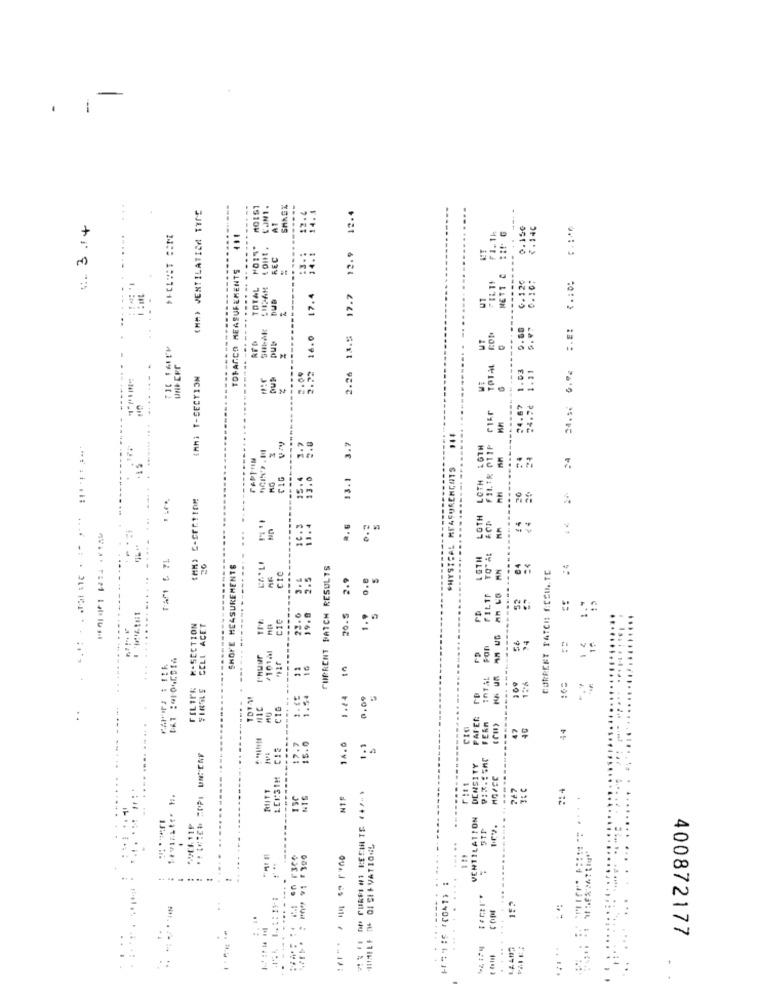
-
(MM) VENTILATIE TIME
CAN1 .
12.4
AT
N. 3.14
0.15€
₹. 140
₹1.1h
12.9
REC
TOPARCO MEASUREMENTS
.........
NETT &
G.120
-----------
TOTAL
16.0 17.4
17.7
0.10:
---
2.26 13.5
0.68
UT
CON
2.04
2.22
TOTAL
1.03
54.78 1.31
[MM] T-SECTION
.....
24.67
...
----
3.7
FILTR 011P
24
.15
PHYSICAL MEASURENCUTS
......
5 :
13.1
LOTH
7.
26
LOTH
€4
11.
.. 6
-----... ...
TAft 5 71
LGTH
TO" At
SHOVE MEASUREMENTS
CURRENT PATCH RESULTS
AN
CORREET PATCH ACCU .. TE
CIC
2.9
0.8
11.93
FILTR
........
C10
19.0
20.5
K-SECTION
CELL ACET
56
/101Al
Fon
16
InTAL
-.. ..
FILIPE
200
---..
1.54
1.44
0.09
..
C16
CIG
47
44
17.7
15.0
16.0
DENSITY
LE1:31M
RIJTT
214
130
NIS
NIF
VENTILATION
SPEK11P
... .
...
..
...
COM
400872177